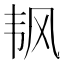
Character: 𬰲